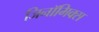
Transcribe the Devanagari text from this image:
जिनॉमिक्स